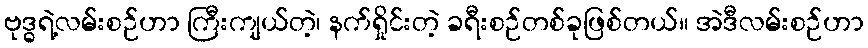
ဗုဒ္ဓရဲ့လမ်းစဉ်ဟာ ကြီးကျယ်တဲ့၊ နက်ရှိုင်းတဲ့ ခရီးစဉ်တစ်ခုဖြစ်တယ်။ အဲဒီလမ်းစဉ်ဟာ